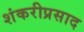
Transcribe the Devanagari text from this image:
शंकरीप्रसाद